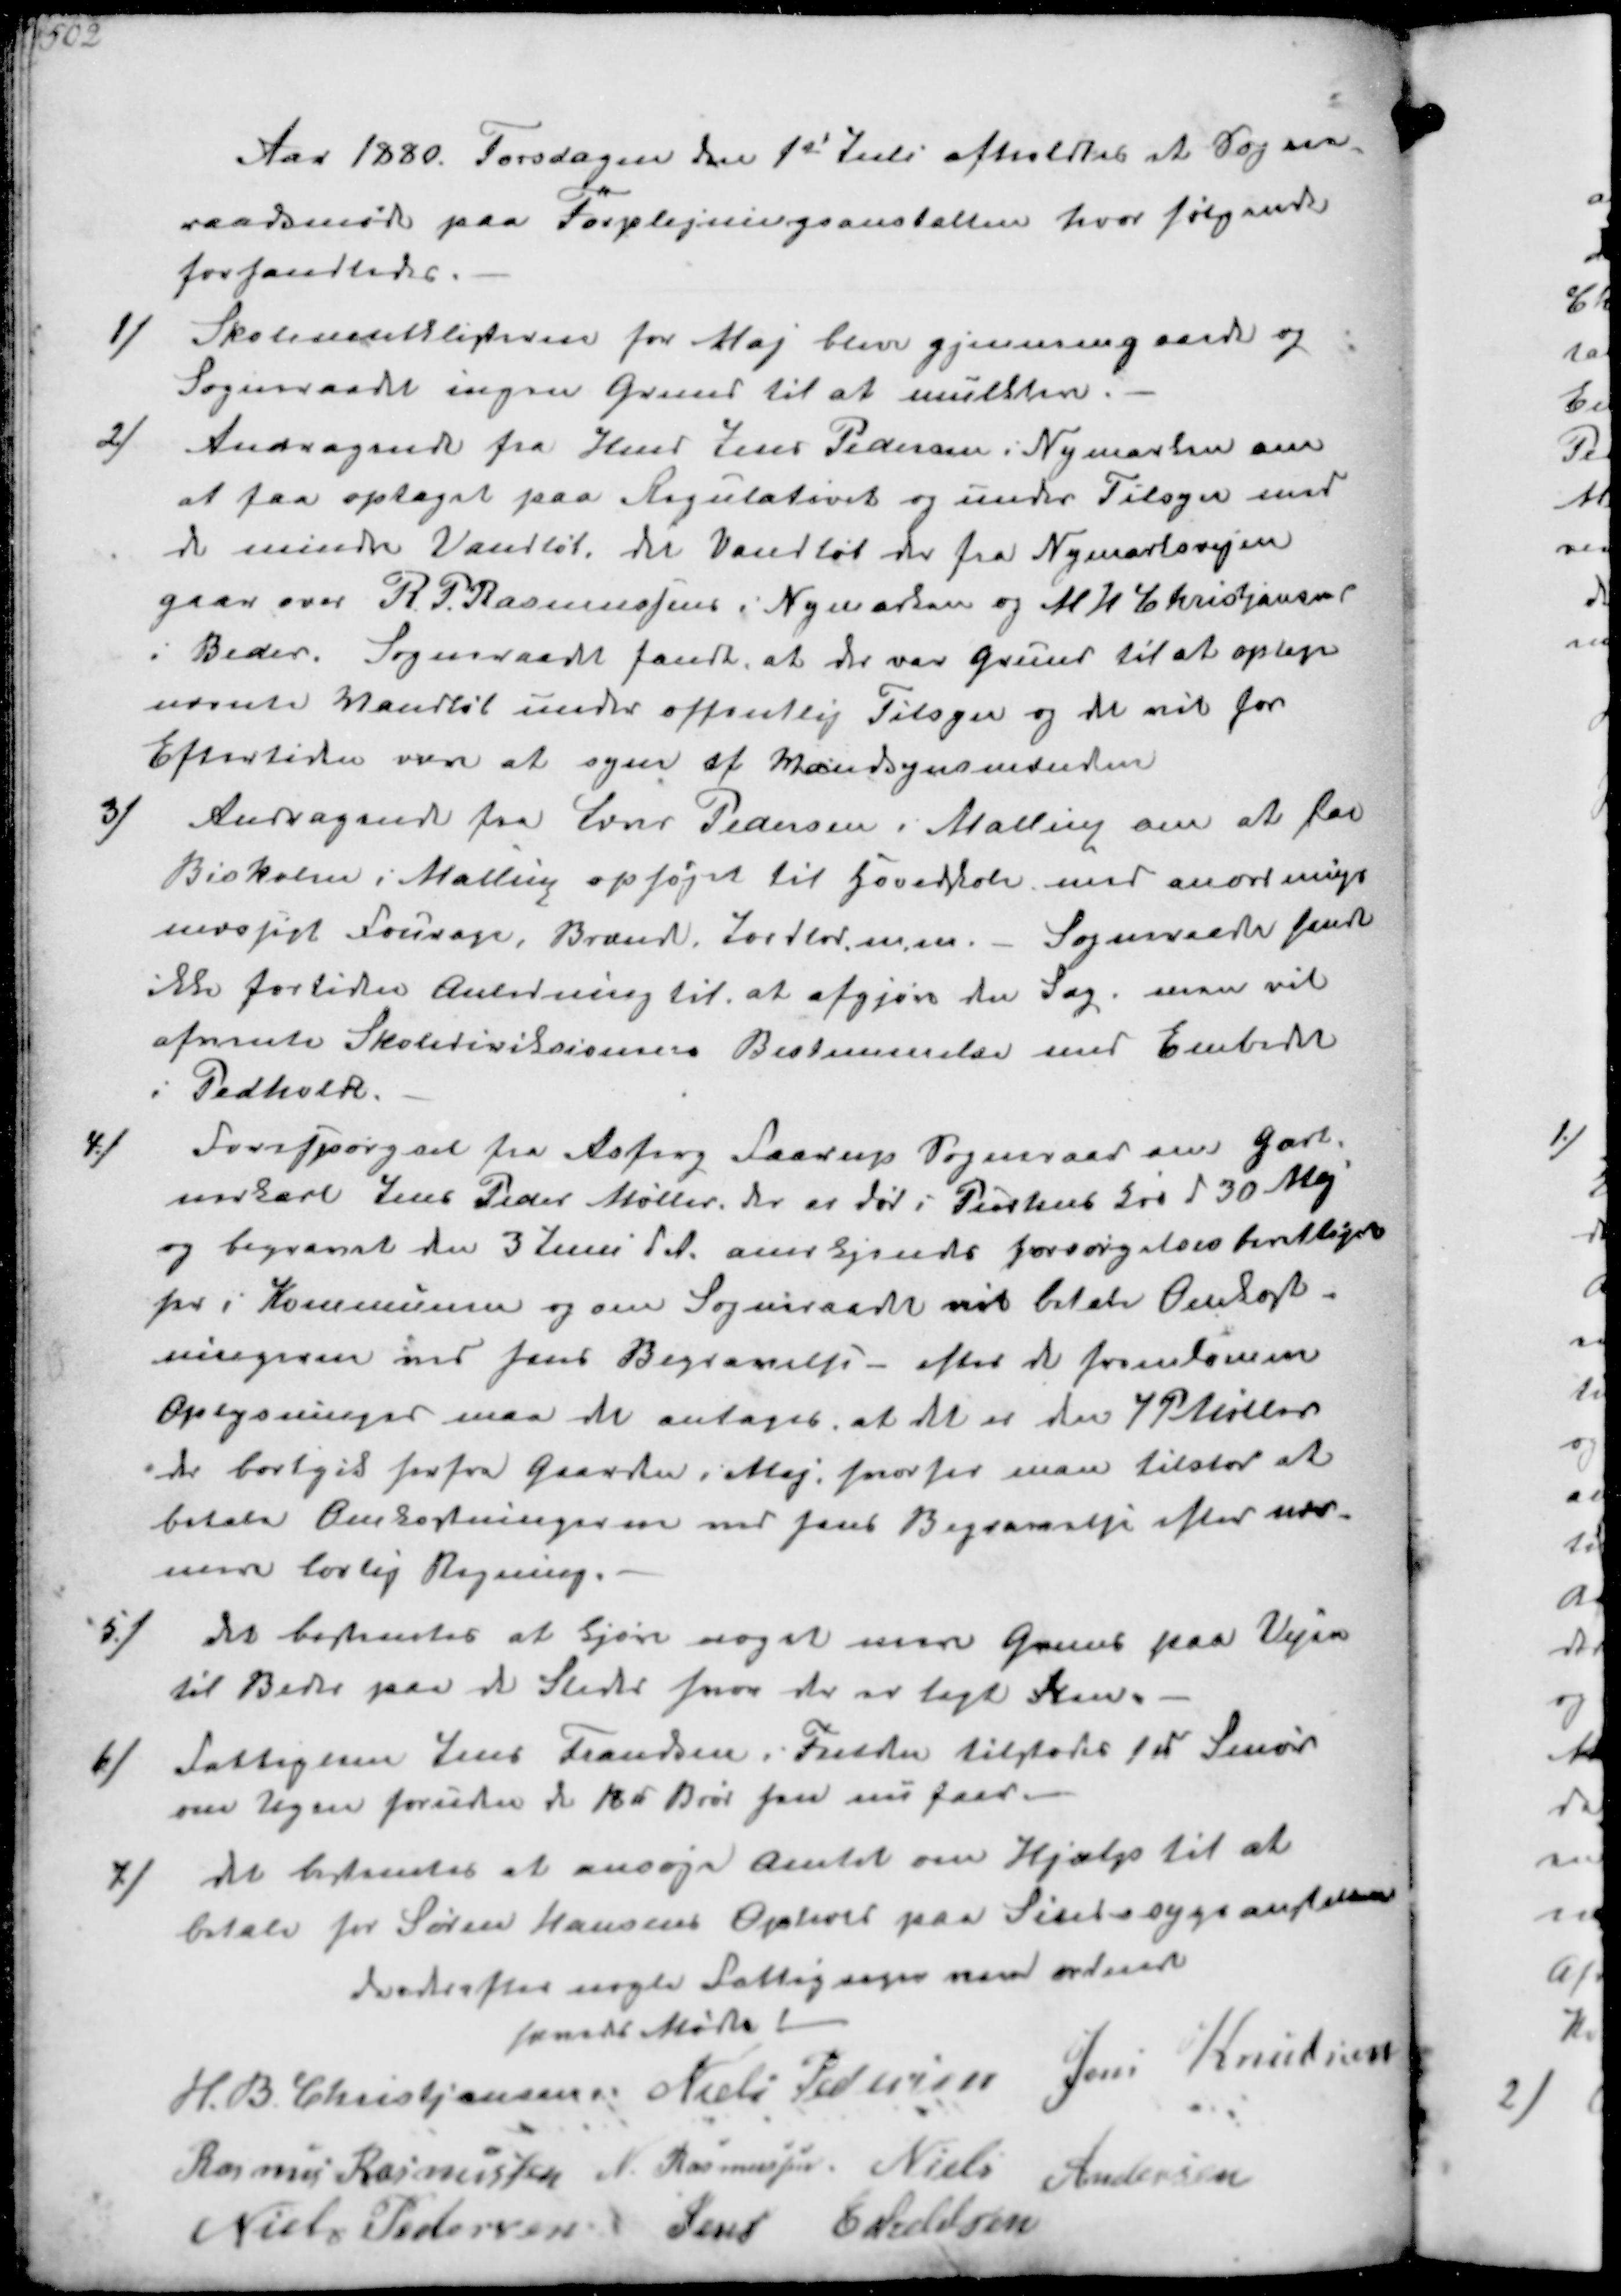
Transskription:
Aar 1880. Torsdagen den 1st Juli afholdtes at Sogne-
raadsmøde paa Forplejningsanstalten hvor følgende
forhandledes
1/
Skolemulktlisterne for Maj bleve gjennemgaaede og
Sogneraadet ingen Grund til at mulktere
2/
Andragende fra Hmd Jens Pedersen i Nymarken om
at faa optaget paa Regulativet og under Tilsyn med
de mindre Vandløb, det Vandløb der fra Nymarksvejen
gaar over R P. Rasmussens i Nymarken og M H Christjansen
i Beder. Sogneraadet fandt, at der var Grund til at optage
nævnte Vandløb under offentlig Tilsyn og de vil for
Eftertiden være at syne af Vandsynsmændene
3/
Andragende fra Lærer Pedersen i Malling om at faa
Biskolen i Malling ophøjet til Grundskole med anortnings-
mæssigt Fourage, Brænde, Jordlod m m.- Sogneraadet fandt
ikke fortiden Anledning til at afgjøre den Sag, man vil
afvente Skoledirektionens Bestemmelse med Embedet
i Pedholdt

4/
Forespørgsel fra Asferg Faarup Sogneraad om Gart-
nerkarl Jens Peder Møller, der er død i Purhus  d 30 Maj
og begravet der 3 Juni dA. anerkjendes forsørgelsesberettiget
her i Kommunen og om Sogneraadet vil betale Omkost-
ningerne ved hans Begravelse- efter de foranstaaende
Oplysninger maa det antages, at det er den J P Møller
der bortgik forfra gaarden i Maj, hvorfor man tilstod at
betale Omkostningerne ved hans Begravelse efter nær-
mere lovlig Regning.
5./
det bestemtes at Kjøre noget mere Gruus paa Vejen
til Beder paa de Steder hvor der er lagt Sten
6/
Fattiglem Jens Frandsen i Fulden tilstodes 1 u Smør
om Ugen foruden de 18 u Brød han nu faar.
7/
det bestemtes at ansøge Amtet om Hjælp til at
betale for Søren Hansens Ophold paa Sindsygeanstalten
hvorefter nogle Fattigsager vare ordnet
hævedes Mødet
H. B Christjansen
Niels Pedersen
Jens Knudsen
Rasmus Rasmussen
N. Rasmussen
Niels Andersen
Niels Pedersen
Jens Eskildsen